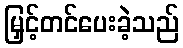
မြှင့်တင်ပေးခဲ့သည်